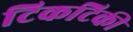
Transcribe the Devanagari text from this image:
टिकटिकी